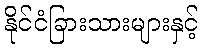
နိုင်ငံခြားသားများနှင့်